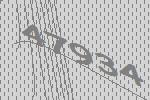
47934